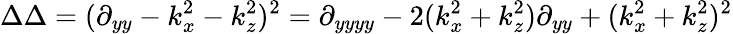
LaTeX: \Delta\Delta=(\partial_{yy}-k_{x}^{2}-k_{z}^{2})^{2}=\partial_{yyyy}-2(k_{x}^{2}+k_{z}^{2})\partial_{yy}+(k_{x}^{2}+k_{z}^{2})^{2}